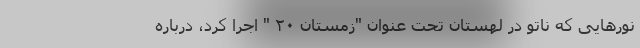
نورهایی که ناتو در لهستان تحت عنوان "زمستان ۲۰ " اجرا کرد، درباره